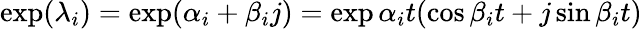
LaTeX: \exp({\lambda_{i}})=\exp({\alpha_{i}+\beta_{i}j})=\exp{\alpha_{i}t}(\cos{\beta_{i}t}+j\sin{\beta_{i}t})